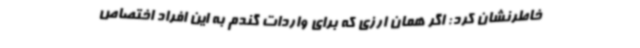
خاطرنشان کرد: اگر همان ارزی که برای واردات گندم به این افراد اختصاص